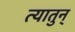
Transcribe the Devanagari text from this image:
त्यातुन्